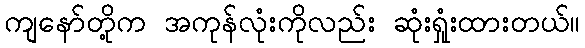
ကျနော်တို့က အကုန်လုံးကိုလည်း ဆုံးရှုံးထားတယ်။